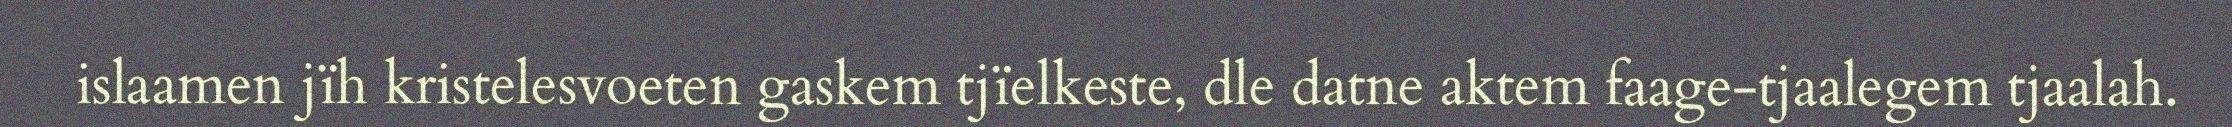
islaamen jïh kristelesvoeten gaskem tjïelkeste, dle datne aktem faage-tjaalegem tjaalah.